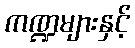
ကဏ္ဍများနှင့်